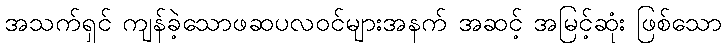
အသက်ရှင် ကျန်ခဲ့သောဖဆပလဝင်များအနက် အဆင့် အမြင့်ဆုံး ဖြစ်သော